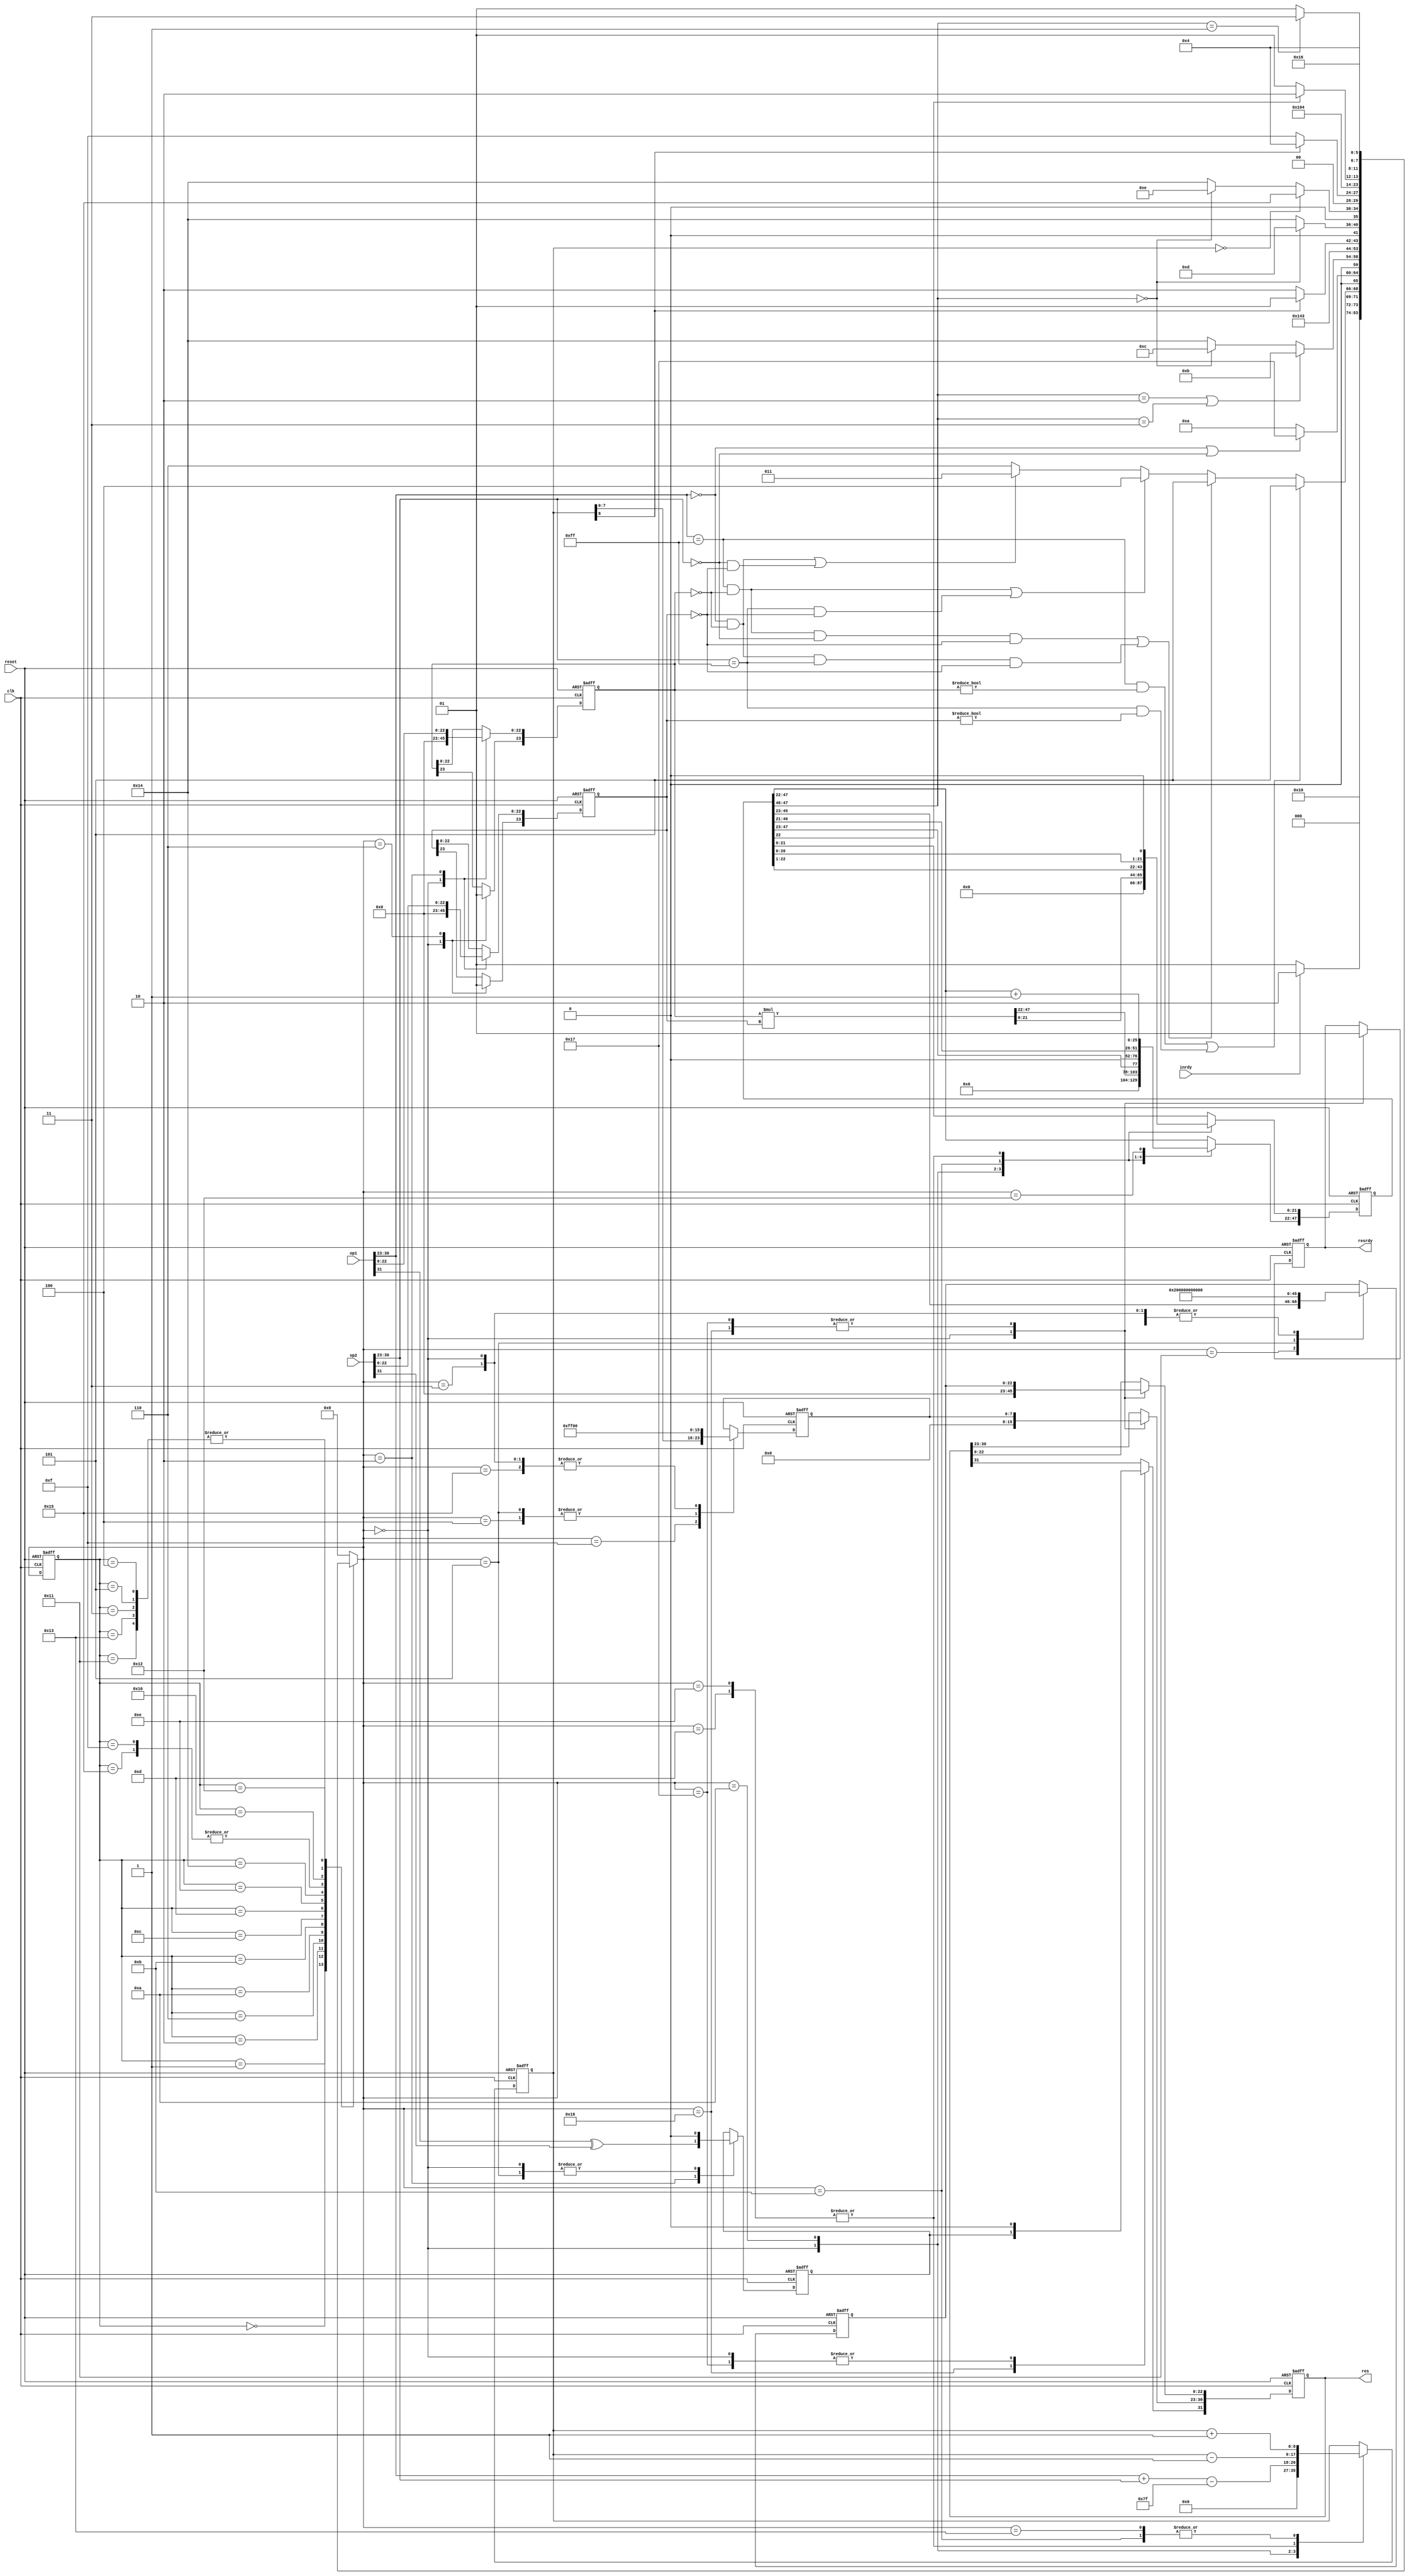
`timescale 1ns / 1ps
////////////////////////////////////////////////////////////////////////////////
// 
// Module Name: multiplexer - arch_multiplexer
// Project Name: IEE 754 MULTIPLEXER
// 
////////////////////////////////////////////////////////////////////////////////

/////////////////////////
// states definitions  //
/////////////////////////

`define ST_0       0
`define ST_1       1
`define ST_2       2
`define ST_ZERO    3
`define ST_INF     4
`define ST_NAN     5
`define ST_6       6
`define ST_10      10
`define ST_11      11
`define ST_12      12
`define ST_13      13
`define ST_14      14
`define ST_15      15
`define ST_16      16
`define ST_17      17
`define ST_18      18
`define ST_19      19
`define ST_NORM    20
`define ST_DENORM  21
`define ST_OUT     22
`define ST_ERR     23

////////////////
// constants  //
////////////////
    
module mul_ieee754_verilog(
    input wire [32-1:0] op1,
    input wire [32-1:0] op2,
    input wire inrdy,
    output reg [32-1:0] res,
    output reg resrdy,
    input wire clk,
    input wire reset  
);
    
    // params
    parameter SIZE_OF_MANTISSA  = 23;
    parameter SIZE_OF_EXPONENT  = 8;

    //////////////
    // SIGNALS  //
    //////////////
    reg [SIZE_OF_EXPONENT-1:0]  exp;
    reg [SIZE_OF_EXPONENT:0]    tmpexp;
    reg [SIZE_OF_MANTISSA-1:0]  m;
    reg [SIZE_OF_MANTISSA:0]    m1;
    reg [SIZE_OF_MANTISSA:0]    m2;
    reg [((SIZE_OF_MANTISSA+1)*2)-1:0]  tmpm;
    reg s;

    reg [5:0] state = `ST_0;
    reg [5:0] next_state = `ST_0;
    
    
    //////////
    // FSM  //
    //////////
    always @(state, op1, m1, op2, m2, tmpm, tmpexp, inrdy)
    
    begin
        case (state)
            // reset
            `ST_0:
            begin
                next_state <= `ST_1;
            end
            
            // wait for inrdy
            `ST_1:
            begin
                if (inrdy == 1)
                    next_state <= `ST_2;
                else
                    next_state <= `ST_1;
            end
                
            // dispatch input
            `ST_2:
            begin
                if ((op1[30:23] == 8'hFF && m1 != 0) || (op2[30:23] == 8'hFF && m2 != 0))
                    begin
                        next_state <= `ST_NAN;
                    end
                else if ((op1[30:23] == 8'hFF && m1 == 0 && op2[30:23] == 0 && m2 == 0) || (op1[30:23] == 0 && m1 == 0 && op2[30:23] == 8'hFF && m2 == 0))
                    begin
                        next_state <= `ST_NAN;
                    end
                else if ((op1[30:23] == 8'hFF && m1 == 0) || (op2[30:23] == 8'hFF && m2 == 0))
                    begin
                        next_state <= `ST_INF;
                    end
                else if ((op1[30:23] == 0 && m1 == 0) || (op2[30:23] == 0 && m2 == 0))
                    begin
                        next_state <= `ST_ZERO;
                    end
                else
                    begin
                        next_state <= `ST_6;
                    end
            end
                    
            // dispatch normalized and denormalized input
            `ST_6:
            begin
                if (op1[30:23] == 0 || op2[30:23] == 0)
                    begin
                        next_state <= `ST_ERR;
                    end
                else
                    begin
                        next_state <= `ST_10;
                    end 
            end
                    
            // view if mantissa result is normalized or not
            `ST_10:
            begin
                if (tmpm[47:46] == 2'b10 || tmpm[47:46] == 2'b11)
                    begin
                        // easy normalizzation
                        next_state <= `ST_11;
                    end
                    
                else if (tmpm[47:46] == 2'b00)
                    begin
                        // required shift normalization
                        next_state <= `ST_12;
                    end
                else // case "10"
                    begin
                        // already normalized
                        next_state <= `ST_NORM;
                    end
            end
            
            // number normalized
            `ST_11:
            begin
                next_state <= `ST_NORM;
            end

            
            // check for exponent overflow
            `ST_12:
            begin
                if (tmpexp[8] == 1'b1)
                    begin
                        next_state <= `ST_13;
                    end
                else
                    begin
                        next_state <= `ST_14;
                    end
            end
            
            // case: got overflow during multiplication
            `ST_13:
            begin
                if (tmpm[47:46] == 2'b00)
                    begin
                        next_state <= `ST_13;
                    end
                else
                    begin
                        next_state <= `ST_NORM;
                    end
            end
            
            // case: no overflow but can throw underflow
            `ST_14:
            begin
                if (tmpexp[8:0] == 0)
                    begin
                        next_state <= `ST_DENORM;
                    end
                else if (tmpm[47:46] == 2'b00)
                    begin
                        next_state <= `ST_14;
                    end
                else
                    begin
                        next_state <= `ST_NORM;
                    end
            end
            
            // normalization state dispatch
            `ST_NORM:
            begin
                if (tmpexp[8] == 1'b1)
                    begin
                        next_state <= `ST_INF;
                    end
                else
                    begin
                        next_state <= `ST_15;
                    end
            end

            `ST_DENORM:
             begin
                next_state <= `ST_16;
             end
             
            `ST_15:
            begin
                next_state <= `ST_16;
            end
                
            `ST_16:
            begin
                if (tmpm[22] == 1'b0)
                    begin
                        next_state <= `ST_17;
                    end
                else
                    begin
                        next_state <= `ST_18;
                    end
            end

            `ST_17:
            begin
                next_state <= `ST_OUT;
            end
            
            `ST_18:
            begin
                if (tmpm[47:46] == 2'b01)
                    begin
                        next_state <= `ST_19;
                    end
                else
                    begin
                        next_state <= `ST_17;
                    end
            end
            
            `ST_19:
            begin
                next_state <= `ST_OUT;
            end
            
            `ST_ZERO:
            begin
                next_state <= `ST_OUT;
            end
            
            `ST_NAN:
            begin
                next_state <= `ST_OUT;
            end
                
            `ST_INF:
            begin
                next_state <= `ST_OUT;
            end
            
            `ST_OUT:
            begin
                next_state <= `ST_0;
            end
            
            `ST_ERR:
            begin
                next_state <= `ST_0;
            end
           
           default:
           begin
                next_state <= `ST_0;
           end
       endcase
    end


    ////////////////
    //  DATAPATH  //
    ////////////////
    always @(posedge clk, posedge reset) 
    begin 
        if(reset == 1'b1)
            begin
                state <= `ST_0;
                        m       <= 0;
                        m1      <= 0;
                        m2      <= 0;
                        tmpm    <= 0;
                        tmpexp  <= 0;
                        exp     <= 0;
                        s       <= 0;
                        resrdy <= 0;
                        res <= 0;

            end
        else
            begin
                state <= next_state;
                
                case(next_state)
                    `ST_0: 
                    begin
                        m       <= 0;
                        m1      <= 0;
                        m2      <= 0;
                        tmpm    <= 0;
                        tmpexp  <= 0;
                        exp     <= 0;
                        s       <= 0;
                        resrdy <= 0;
                        res <= 0;
                    end
                    
                    `ST_1:
                    begin
                        // do nothing
                    end
                    
                    `ST_2:
                    begin
                        m1[22:0] <= op1[22:0];
                        m2[22:0] <= op2[22:0];
                        s <= op1[31] ^ op2[31];
                    end
                    
                    `ST_6:
                    begin
                        m1[23] <= 1'b1;
                        m2[23] <= 1'b1;
                    end
                    
                    `ST_10:
                    begin
                        tmpexp <= op1[30:23] + op2[30:23] - 8'd127;
                        tmpm   <= m1 * m2;
                    end
                    
                    `ST_11:
                    begin
                        tmpm   <= tmpm >> 1;
                        tmpexp <= tmpexp + 9'd1;
                    end
                    
                    `ST_12:
                    begin
                        // do nothing
                    end
                    
                    `ST_13:
                    begin
                        tmpm   <= tmpm << 1;
                        tmpexp <= tmpexp - 9'd1;
                    end
                    
                    `ST_14:
                    begin
                        tmpm   <= tmpm << 1;
                        tmpexp <= tmpexp - 9'd1;
                    end
                    
                    `ST_NORM:
                    begin
                        // do nothing
                    end
                    
                    `ST_DENORM:
                    begin
                        exp <= 8'd0;
                    end
                    
                    `ST_15:
                    begin
                        exp <= tmpexp[7:0];
                    end
                    
                    `ST_16:
                    begin
                        // do nothing
                    end
                    
                    `ST_17:
                    begin
                        m <= tmpm[45:23];
                    end
                    
                    `ST_18:
                    begin
                        tmpm[47:22] <= tmpm[47:22] + 26'd1;
                    end
                    
                    `ST_19:
                    begin
                        tmpexp <= tmpexp + 9'd1;
                    end
                    
                    `ST_NAN:
                    begin
                        exp <= 8'hFF;
                        m   <= {1'b1, 22'b0};
                        s   <= 1'b0;
                    end
                    
                    `ST_INF:
                    begin
                        exp <= 8'hFF;
                        m   <= 23'd0;
                    end
                    
                    `ST_ZERO:
                    begin
                        exp <= 8'h00;
                        m   <= 23'd0;
                    end
                    
                    `ST_OUT:
                    begin
                        resrdy <= 1'b1;
                        res[31] <= s;
                        res[30:23] <= exp;
                        res[22:0]  <=m;
                    end
                    
                    `ST_ERR:
                    begin
                        resrdy <= 1'b1;
                        res <= 0;
                        res[30:23] <= exp;
                        res[22:0]  <=m;
                    end
                    
                    default: 
                    begin 
                        // do nothings
                    end
                endcase
           end
    end
endmodule